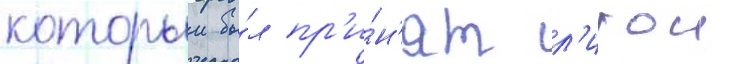
которыи бы́л пр'и́н'ят л'игои